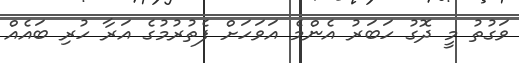
ވަގުތު މީ ދޮގު ހަބަރު އެންމެ އަވަހަށް ފެތުރުމުގެ އަރާ ހުރި ބައެއް